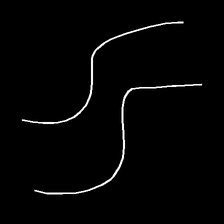
Glyph: float